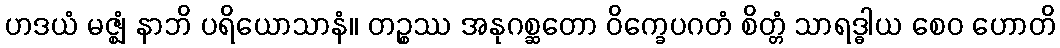
ဟဒယံ မဇ္ဈံ နာဘိ ပရိယောသာနံ။ တဉ္စဿ အနုဂစ္ဆတော ဝိက္ခေပဂတံ စိတ္တံ သာရဒ္ဓါယ စေဝ ဟောတိ